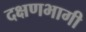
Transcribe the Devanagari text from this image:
दक्षणभागी